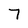
Character: 7